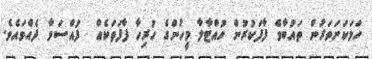
ހަމަކަށަވަރުން ތައުބާވެ ފާފަކުރުން ހުއްޓާލާ މީހުންގެ ހުރިހާ ފާފަތަކެއް  ފުއްސަވާ ދެއްވައެވެ.